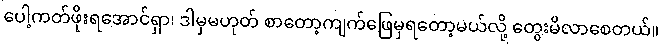
ပေါ့ကတ်ဖိုးရအောင်ရှာ၊ ဒါမှမဟုတ် စာတော့ကျက်ဖြေမှရတော့မယ်လို့ တွေးမိလာစေတယ်။